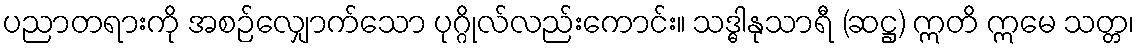
ပညာတရားကို အစဉ်လျှောက်သော ပုဂ္ဂိုလ်လည်းကောင်း။ သဒ္ဓါနုသာရီ (ဆဋ္ဌ) ဣတိ ဣမေ သတ္တ၊